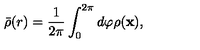
\bar { \rho } ( r ) = \frac { 1 } { 2 \pi } \int _ { 0 } ^ { 2 \pi } d \varphi \rho ( \bf x ) ,